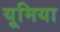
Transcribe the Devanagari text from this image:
यूमिया